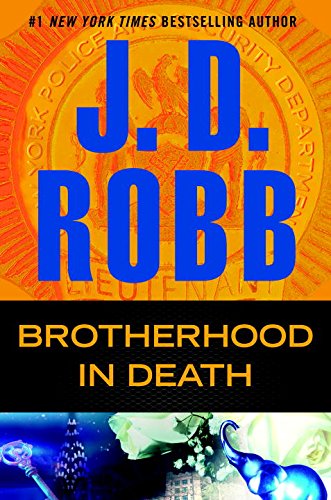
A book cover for Brotherhood in Death; J. D. Robb; Mystery, Thriller & Suspense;